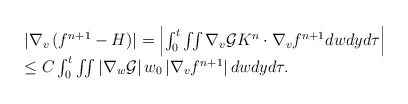
\begin{align*} \begin{array}{lllll}\left|\nabla_v\left(f^{n+1}-H\right)\right| = \left|\int^t_0 \iint \nabla_v {\cal G}K^n \cdot \nabla_vf^{n+1} dwdy d \tau\right|\\\leq C \int^t_0 \iint \left| \nabla_w {\cal G}\right| w_0 \left|\nabla_vf^{n+1}\right| dwdy d \tau. \end{array} \end{align*}